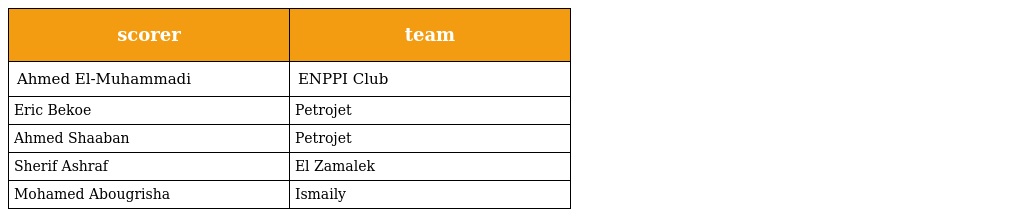
| scorer | team |
 | --- | --- |
 | Ahmed El-Muhammadi | ENPPI Club |
 | Eric Bekoe | Petrojet |
 | Ahmed Shaaban | Petrojet |
 | Sherif Ashraf | El Zamalek |
 | Mohamed Abougrisha | Ismaily |